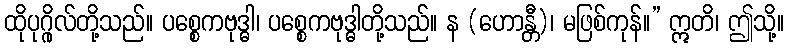
ထိုပုဂ္ဂိုလ်တို့သည်။ ပစ္စေကဗုဒ္ဓါ၊ ပစ္စေကဗုဒ္ဓါတို့သည်။ န (ဟောန္တီ)၊ မဖြစ်ကုန်။” ဣတိ၊ ဤသို့။